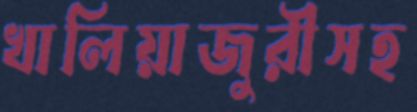
খালিয়াজুরীসহ